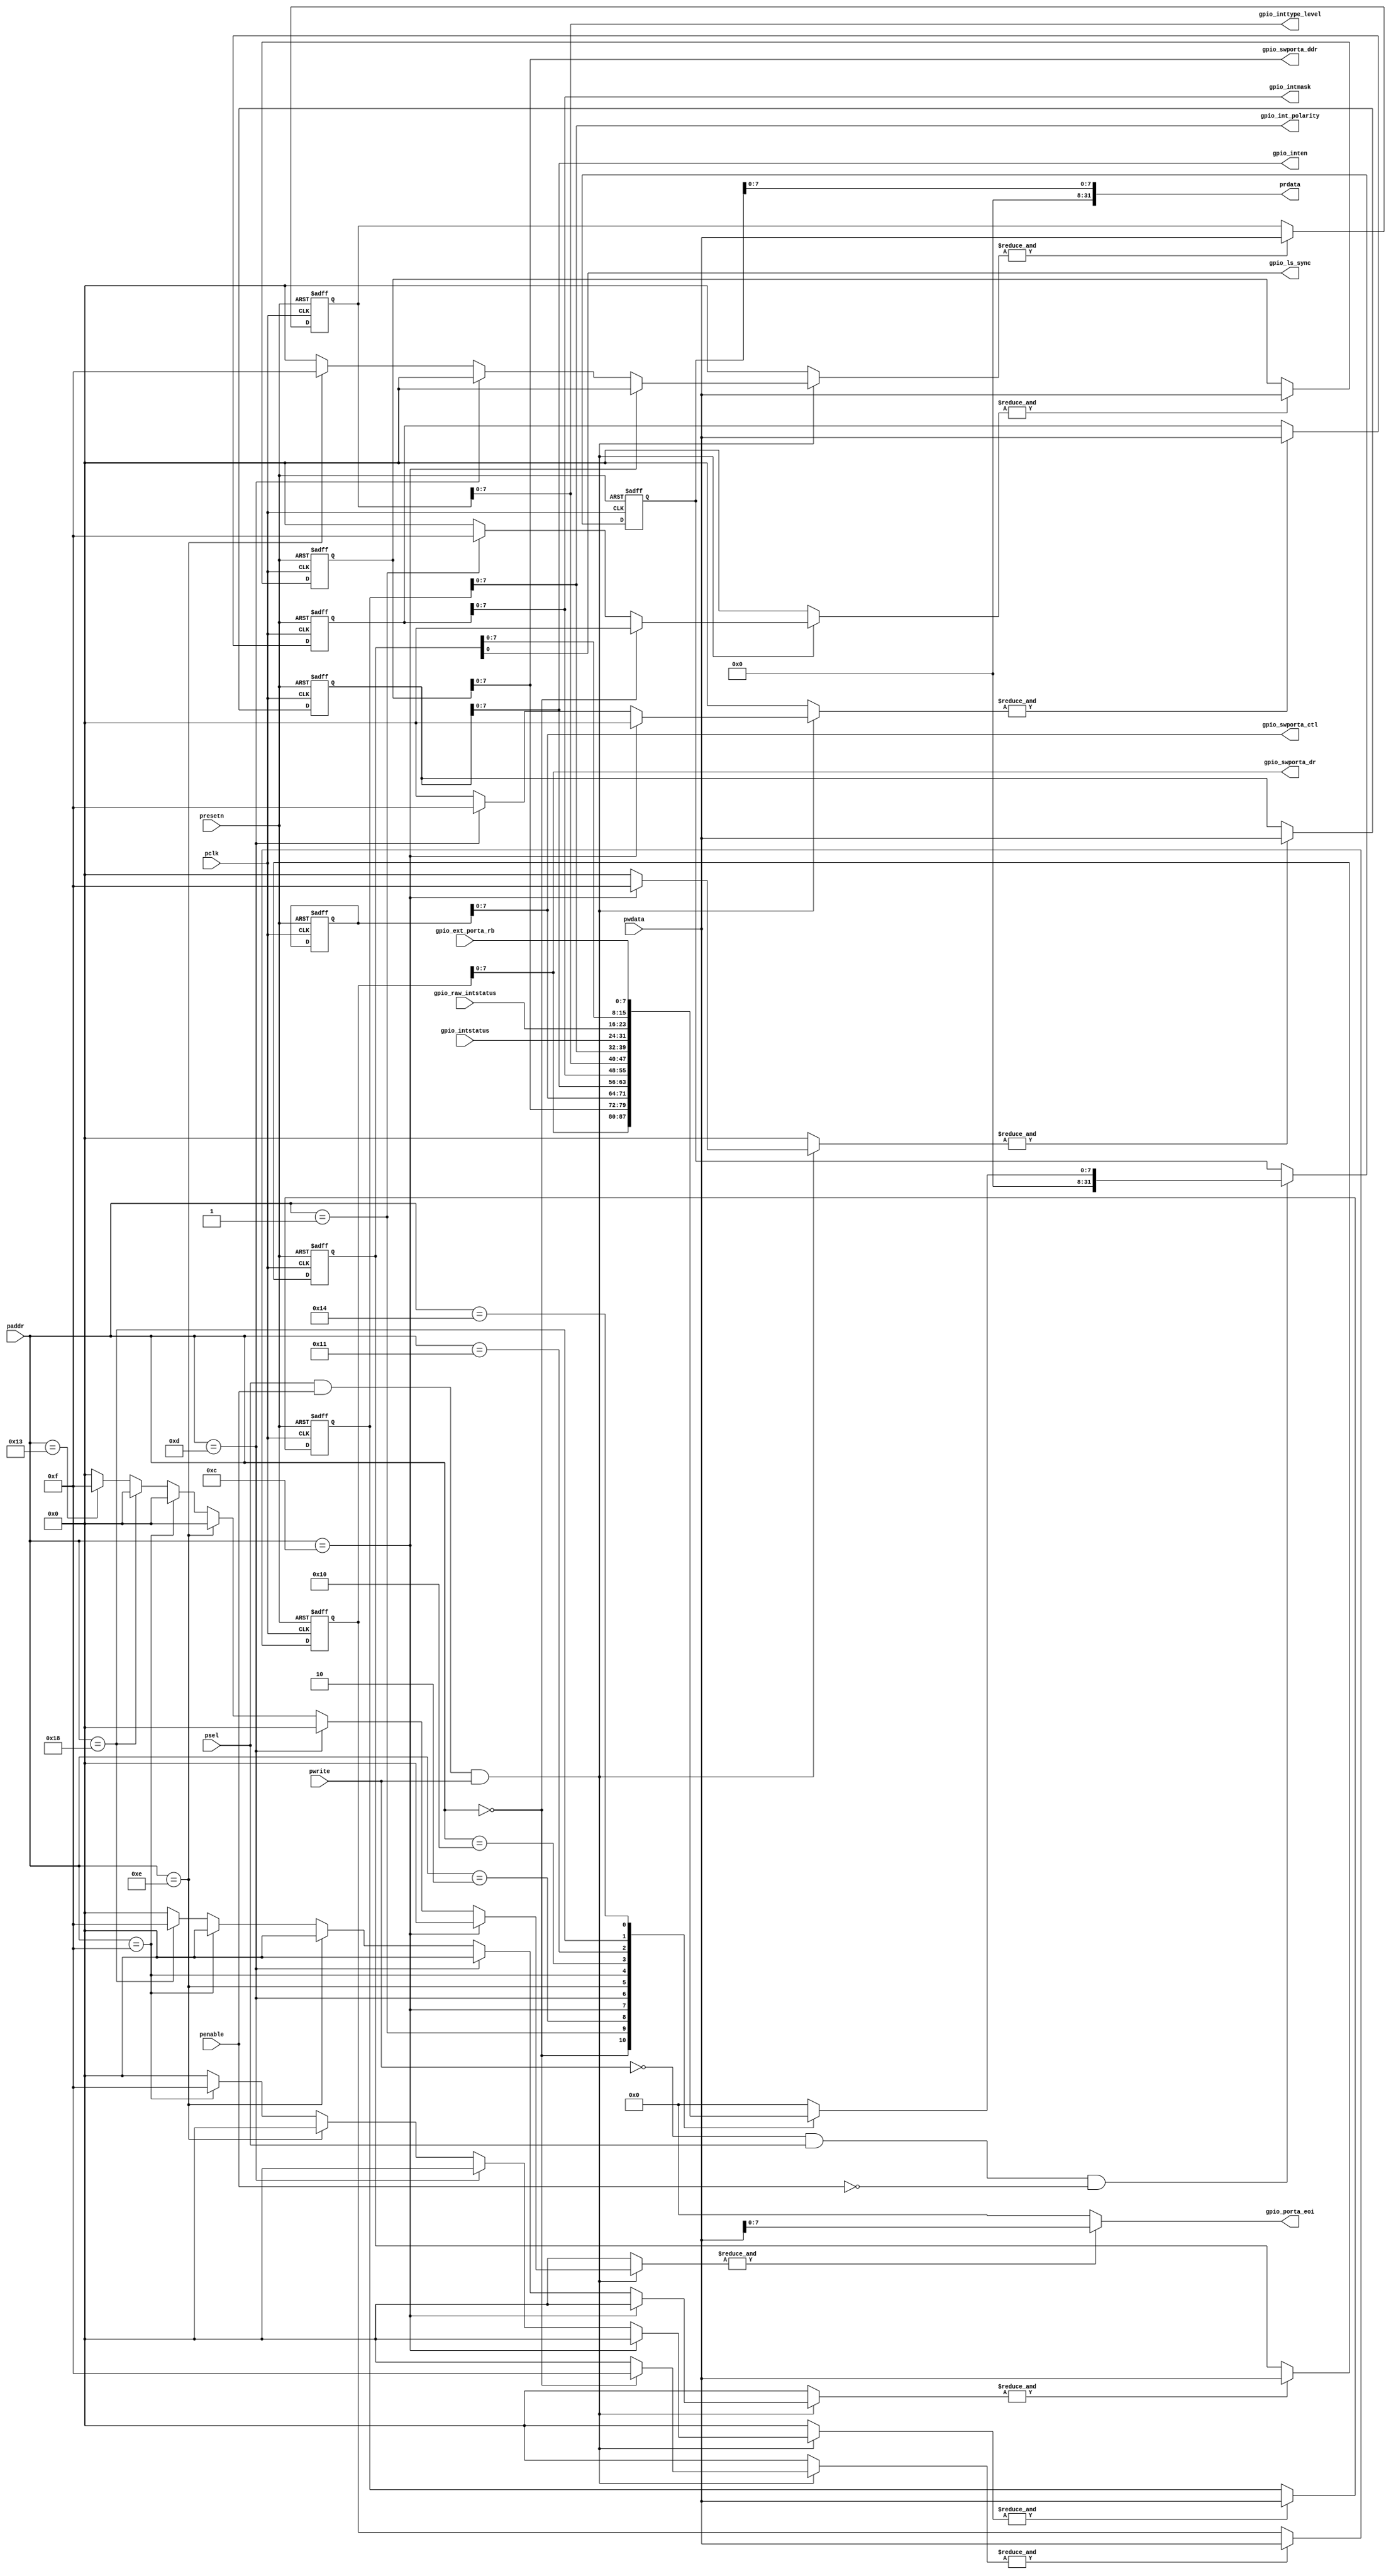
// This program was cloned from: https://github.com/T-head-Semi/opene906
// License: Apache License 2.0

/*Copyright 2020-2021 T-Head Semiconductor Co., Ltd.

Licensed under the Apache License, Version 2.0 (the "License");
you may not use this file except in compliance with the License.
You may obtain a copy of the License at

    http://www.apache.org/licenses/LICENSE-2.0

Unless required by applicable law or agreed to in writing, software
distributed under the License is distributed on an "AS IS" BASIS,
WITHOUT WARRANTIES OR CONDITIONS OF ANY KIND, either express or implied.
See the License for the specific language governing permissions and
limitations under the License.
*/

`define gpio_swporta_dr_OFFSET    5'b00000
`define gpio_swporta_ddr_OFFSET   5'b00001
`define gpio_swporta_ctl_OFFSET   5'b00010

`define gpio_inten_OFFSET         5'b01100
`define gpio_intmask_OFFSET       5'b01101
`define gpio_inttype_level_OFFSET 5'b01110
`define gpio_int_polarity_OFFSET  5'b01111
`define gpio_intstatus_OFFSET     5'b10000
`define gpio_raw_intstatus_OFFSET 5'b10001

`define gpio_porta_eoi_OFFSET     5'b10011
`define gpio_ext_porta_OFFSET     5'b10100

`define gpio_ls_sync_OFFSET       5'b11000


// &ModuleBeg; @38
module gpio_apbif(
  gpio_ext_porta_rb,
  gpio_int_polarity,
  gpio_inten,
  gpio_intmask,
  gpio_intstatus,
  gpio_inttype_level,
  gpio_ls_sync,
  gpio_porta_eoi,
  gpio_raw_intstatus,
  gpio_swporta_ctl,
  gpio_swporta_ddr,
  gpio_swporta_dr,
  paddr,
  pclk,
  penable,
  prdata,
  presetn,
  psel,
  pwdata,
  pwrite
);

// &Ports; @39
input   [7 :0]  gpio_ext_porta_rb;     
input   [7 :0]  gpio_intstatus;        
input   [7 :0]  gpio_raw_intstatus;    
input   [6 :2]  paddr;                 
input           pclk;                  
input           penable;               
input           presetn;               
input           psel;                  
input   [31:0]  pwdata;                
input           pwrite;                
output  [7 :0]  gpio_int_polarity;     
output  [7 :0]  gpio_inten;            
output  [7 :0]  gpio_intmask;          
output  [7 :0]  gpio_inttype_level;    
output          gpio_ls_sync;          
output  [7 :0]  gpio_porta_eoi;        
output  [7 :0]  gpio_swporta_ctl;      
output  [7 :0]  gpio_swporta_ddr;      
output  [7 :0]  gpio_swporta_dr;       
output  [31:0]  prdata;                

// &Regs; @40
reg     [3 :0]  gpio_int_polarity_wen; 
reg     [3 :0]  gpio_inten_wen;        
reg     [3 :0]  gpio_intmask_wen;      
reg     [3 :0]  gpio_inttype_level_wen; 
reg     [3 :0]  gpio_ls_sync_wen;      
reg     [3 :0]  gpio_porta_eoi_wen;    
reg     [3 :0]  gpio_swporta_ctl_wen;  
reg     [3 :0]  gpio_swporta_ddr_wen;  
reg     [3 :0]  gpio_swporta_dr_wen;   
reg     [31:0]  int_gpio_int_polarity; 
reg     [31:0]  int_gpio_inten;        
reg     [31:0]  int_gpio_intmask;      
reg     [31:0]  int_gpio_inttype_level; 
reg     [31:0]  int_gpio_ls_sync;      
reg     [31:0]  int_gpio_porta_eoi;    
reg     [31:0]  int_gpio_swporta_ctl;  
reg     [31:0]  int_gpio_swporta_ddr;  
reg     [31:0]  int_gpio_swporta_dr;   
reg     [31:0]  iprdata;               
reg     [31:0]  prdata;                
reg     [31:0]  pwdata_int;            
reg     [31:0]  ri_gpio_ext_porta_rb;  
reg     [31:0]  ri_gpio_int_polarity;  
reg     [31:0]  ri_gpio_inten;         
reg     [31:0]  ri_gpio_intmask;       
reg     [31:0]  ri_gpio_intstatus;     
reg     [31:0]  ri_gpio_inttype_level; 
reg     [31:0]  ri_gpio_ls_sync;       
reg     [31:0]  ri_gpio_raw_intstatus; 
reg     [31:0]  ri_gpio_swporta_ctl;   
reg     [31:0]  ri_gpio_swporta_ddr;   
reg     [31:0]  ri_gpio_swporta_dr;    

// &Wires; @41
wire    [7 :0]  gpio_ext_porta_rb;     
wire    [7 :0]  gpio_int_polarity;     
wire    [7 :0]  gpio_inten;            
wire    [7 :0]  gpio_intmask;          
wire    [7 :0]  gpio_intstatus;        
wire    [7 :0]  gpio_inttype_level;    
wire            gpio_ls_sync;          
wire    [7 :0]  gpio_porta_eoi;        
wire    [7 :0]  gpio_raw_intstatus;    
wire    [7 :0]  gpio_swporta_ctl;      
wire    [7 :0]  gpio_swporta_ddr;      
wire    [7 :0]  gpio_swporta_dr;       
wire    [6 :2]  paddr;                 
wire            pclk;                  
wire            penable;               
wire            presetn;               
wire            psel;                  
wire    [31:0]  pwdata;                
wire            pwrite;                


// pwdata_int assigns to pwdata and padded with zero's
// &CombBeg; @44
always @( pwdata[31:0])
begin
  pwdata_int = {31{1'b0}};
  pwdata_int[31:0] = pwdata[31:0];
// &CombEnd; @47
end

// Generate Write Enable bus for gpio_swporta_dr register,
// gpio_swporta_dr register and gpio_swporta_ctl register.
// &CombBeg; @51
always @( paddr[6:2]
       or penable
       or psel
       or pwrite)
begin
  gpio_swporta_dr_wen[3:0] = 4'b0000;
  gpio_swporta_ddr_wen[3:0] = 4'b0000;
  gpio_swporta_ctl_wen[3:0] = 4'b0000;
  
  if((psel == 1'b1) && (penable == 1'b1) && (pwrite == 1'b1)) 
  begin
    if(paddr[6:2] ==
       `gpio_swporta_dr_OFFSET) 
    begin
      gpio_swporta_dr_wen[3:0] = {4{1'b1}};
    end
    else if(paddr[6:2] ==
            `gpio_swporta_ddr_OFFSET) 
    begin
      gpio_swporta_ddr_wen[3:0] = {4{1'b1}};
    end
    else if(paddr[6:2] ==
            `gpio_swporta_ctl_OFFSET) 
    begin
      gpio_swporta_ctl_wen[3:0] = {4{1'b0}};
    end
  end
// &CombEnd; @74
end

// Generate Write Enable bus for gpio_inten register, 
// gpio_intmask register, gpio_inttype_level register,
// gpio_int_polarity register, gpio_ls_sync register
// and clear gpio_porta_eoi register.
// &CombBeg; @80
always @( paddr[6:2]
       or penable
       or psel
       or pwrite)
begin
  gpio_inten_wen[3:0] = 4'b0000;
  gpio_intmask_wen[3:0] = 4'b0000;
  gpio_inttype_level_wen[3:0] = 4'b0000;
  gpio_int_polarity_wen[3:0] = 4'b0000;
  gpio_ls_sync_wen[3:0] = 4'b0000;
  gpio_porta_eoi_wen[3:0] = 4'b0000;
  
  if((psel == 1'b1) && (penable == 1'b1) && (pwrite == 1'b1)) 
  begin
    if(paddr[6:2] ==
       `gpio_inten_OFFSET) 
    begin
      gpio_inten_wen[3:0] = {4{1'b1}};
    end 
    else if(paddr[6:2] ==
            `gpio_intmask_OFFSET) 
    begin
      gpio_intmask_wen[3:0] = {4{1'b1}};
    end
    else if(paddr[6:2] ==
            `gpio_inttype_level_OFFSET)
    begin
      gpio_inttype_level_wen[3:0] = {4{1'b1}};
    end
    else if(paddr[6:2] ==
            `gpio_int_polarity_OFFSET) 
    begin
      gpio_int_polarity_wen[3:0] = {4{1'b1}};
    end
    else if(paddr[6:2] ==
            `gpio_ls_sync_OFFSET) 
    begin
      gpio_ls_sync_wen[3:0] = {4{1'b1}};
    end
    else if(paddr[6:2] ==
            `gpio_porta_eoi_OFFSET)
    begin
      gpio_porta_eoi_wen[3:0] = {4{1'b1}};
    end
  end
// &CombEnd; @121
end

// Register used to store Software Port A Data register
always@(posedge pclk or negedge presetn)
begin
  if(!presetn)
    int_gpio_swporta_dr[31:0] <= {32{1'b0}}; 
  else
    if(&gpio_swporta_dr_wen)
      int_gpio_swporta_dr[31:0] <= pwdata_int[31:0];
end

assign gpio_swporta_dr[7:0] = int_gpio_swporta_dr[7:0];

// &CombBeg; @135
always @( int_gpio_swporta_dr[7:0])
begin
  ri_gpio_swporta_dr[31:0] = {32{1'b0}};
  ri_gpio_swporta_dr[7:0] = int_gpio_swporta_dr[7:0];
// &CombEnd; @138
end

// Register used to store Software Port A Data Direction register
always@(posedge pclk or negedge presetn)
begin
  if(!presetn)
    int_gpio_swporta_ddr[31:0] <= {32{1'b0}};
  else
    if(&gpio_swporta_ddr_wen)
      int_gpio_swporta_ddr[31:0] <= pwdata_int[31:0];
end

assign gpio_swporta_ddr[7:0] = int_gpio_swporta_ddr[7:0];

// &CombBeg; @152
always @( int_gpio_swporta_ddr[7:0])
begin
  ri_gpio_swporta_ddr[31:0] = {32{1'b0}};
  ri_gpio_swporta_ddr[7:0] = int_gpio_swporta_ddr[7:0];
// &CombEnd; @155
end

// Register used to store Software Port A mode control register
always@(posedge pclk or negedge presetn)
begin
  if(!presetn)
    int_gpio_swporta_ctl[31:0] <= {32{1'b0}};
  else
    if(&gpio_swporta_ctl_wen)
      int_gpio_swporta_ctl[31:0] <= pwdata_int[31:0];
end

assign gpio_swporta_ctl[7:0] = int_gpio_swporta_ctl[7:0];

// &CombBeg; @169
always @( int_gpio_swporta_ctl[7:0])
begin
  ri_gpio_swporta_ctl[31:0] = {32{1'b0}};
  ri_gpio_swporta_ctl[7:0] = int_gpio_swporta_ctl[7:0];
// &CombEnd; @172
end

// Register used to store Interrupt Enable for each bit 
// of Port A
always@(posedge pclk or negedge presetn)
begin
  if(!presetn)
    int_gpio_inten[31:0] <= 32'b0;
  else 
    if(&gpio_inten_wen)
      int_gpio_inten[31:0] <= pwdata_int[31:0];
end

assign gpio_inten[7:0] = int_gpio_inten[7:0];

// &CombBeg; @187
always @( int_gpio_inten[7:0])
begin
  ri_gpio_inten[31:0] = {32{1'b0}};
  ri_gpio_inten[7:0] = int_gpio_inten[7:0];
// &CombEnd; @190
end

// Register used to store Interrupt mask for each bit of Port A
always@(posedge pclk or negedge presetn)
begin
  if(!presetn)
    int_gpio_intmask[31:0] <= 32'b0;
  else 
    if(&gpio_intmask_wen)
      int_gpio_intmask[31:0] <= pwdata_int[31:0];
end

assign gpio_intmask[7:0] = int_gpio_intmask[7:0];

// &CombBeg; @204
always @( int_gpio_intmask[7:0])
begin
  ri_gpio_intmask[31:0] = {32{1'b0}};
  ri_gpio_intmask[7:0] = int_gpio_intmask[7:0];
// &CombEnd; @207
end

// Register used to store Interrupt type, level or edge,  for each bit of Port A
always@(posedge pclk or negedge presetn)
begin
  if(!presetn)
    int_gpio_inttype_level[31:0] <= 32'b0;
  else 
    if(&gpio_inttype_level_wen)
      int_gpio_inttype_level[31:0] <= pwdata_int[31:0];
end

assign gpio_inttype_level[7:0] = int_gpio_inttype_level[7:0];

// &CombBeg; @221
always @( int_gpio_inttype_level[7:0])
begin
  ri_gpio_inttype_level[31:0] = {32{1'b0}};
  ri_gpio_inttype_level[7:0] = int_gpio_inttype_level[7:0];
// &CombEnd; @224
end

// Register used to store Interrupt polarity for each bit of Port A
always@(posedge pclk or negedge presetn)
begin
  if(!presetn)
    int_gpio_int_polarity[31:0] <= 32'b0;
  else 
    if(&gpio_int_polarity_wen)
      int_gpio_int_polarity[31:0] <= pwdata_int[31:0];
end

assign gpio_int_polarity[7:0] = int_gpio_int_polarity[7:0];

// &CombBeg; @238
always @( int_gpio_int_polarity[7:0])
begin
  ri_gpio_int_polarity[31:0] = {32{1'b0}};
  ri_gpio_int_polarity[7:0] = int_gpio_int_polarity[7:0];
// &CombEnd; @241
end

// Register used to store level sensitive interrupt synchronization
always@(posedge pclk or negedge presetn)
begin
  if(!presetn)
    int_gpio_ls_sync[31:0] <= 32'b0;
  else 
    if(&gpio_ls_sync_wen)
      int_gpio_ls_sync[31:0] <= pwdata_int[31:0];
end

assign gpio_ls_sync = int_gpio_ls_sync[0];

// &CombBeg; @255
always @( int_gpio_ls_sync[7:0])
begin
  ri_gpio_ls_sync[31:0] = {32{1'b0}};
  ri_gpio_ls_sync[7:0] = int_gpio_ls_sync[7:0];
// &CombEnd; @258
end

// A write to Interrupt clear address generates pulse
// to control logic to clear interrupt.
// &CombBeg; @262
always @( gpio_porta_eoi_wen
       or pwdata_int[31:0])
begin
  int_gpio_porta_eoi[31:0] = {32{1'b0}};
  if(&gpio_porta_eoi_wen)
    int_gpio_porta_eoi[31:0] = pwdata_int[31:0];
// &CombEnd; @266
end

assign gpio_porta_eoi[7:0] = int_gpio_porta_eoi[7:0];

// Read only raw interrupt status register from ctrl block
// &CombBeg; @271
always @( gpio_intstatus[7:0]
       or gpio_raw_intstatus[7:0])
begin
  ri_gpio_raw_intstatus[31:0] = {32{1'b0}};
  ri_gpio_intstatus[31:0] = {32{1'b0}};

  ri_gpio_raw_intstatus[7:0] = gpio_raw_intstatus[7:0];
  ri_gpio_intstatus[7:0] = gpio_intstatus[7:0];
// &CombEnd; @277
end

// &CombBeg; @279
always @( gpio_ext_porta_rb[7:0])
begin
  ri_gpio_ext_porta_rb[31:0] = {32{1'b0}};

  ri_gpio_ext_porta_rb[7:0] = gpio_ext_porta_rb[7:0];
// &CombEnd; @283
end

// Output of Read back data mux registered and driven onto 
// prdata bus. 
always @(posedge pclk or negedge presetn)
begin
  if(!presetn)
    iprdata[31:0] <= {32{1'b0}};
  else
    if((pwrite == 1'b0) && (psel == 1'b1) && (penable == 1'b0))
      case(paddr[6:2])
        `gpio_swporta_dr_OFFSET    : iprdata <= ri_gpio_swporta_dr;
        `gpio_swporta_ddr_OFFSET   : iprdata <= ri_gpio_swporta_ddr;
        `gpio_swporta_ctl_OFFSET   : iprdata <= ri_gpio_swporta_ctl;
        `gpio_inten_OFFSET         : iprdata <= ri_gpio_inten;
        `gpio_intmask_OFFSET       : iprdata <= ri_gpio_intmask;
        `gpio_inttype_level_OFFSET : iprdata <= ri_gpio_inttype_level;
        `gpio_int_polarity_OFFSET  : iprdata <= ri_gpio_int_polarity;
        `gpio_intstatus_OFFSET     : iprdata <= ri_gpio_intstatus;
        `gpio_raw_intstatus_OFFSET : iprdata <= ri_gpio_raw_intstatus;
        `gpio_ls_sync_OFFSET       : iprdata <= ri_gpio_ls_sync;
        `gpio_ext_porta_OFFSET     : iprdata <= ri_gpio_ext_porta_rb;
        default : iprdata[31:0] <= {32{1'b0}};
      endcase
end

// &CombBeg; @309
always @( iprdata[7:0])
begin
  prdata[31:0] = {32{1'b0}};
  prdata[7:0] = iprdata[7:0];
// &CombEnd; @312
end

// &ModuleEnd; @314
endmodule